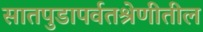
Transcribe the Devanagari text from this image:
सातपुडापर्वतश्रेणीतील